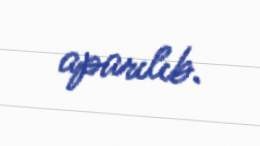
aparılıb.